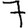
Digit: 7